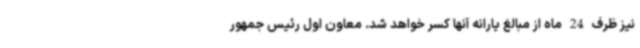
نیز ظرف 24 ماه از مبالغ یارانه آنها کسر خواهد شد. معاون اول رئیس جمهور